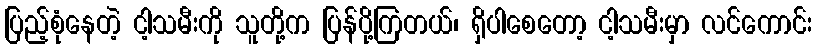
ပြည့်စုံနေတဲ့ ငါ့သမီးကို သူတို့က ပြန်ပို့ကြတယ်၊ ရှိပါစေတော့ ငါ့သမီးမှာ လင်ကောင်း